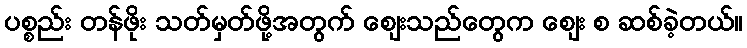
ပစ္စည်း တန်ဖိုး သတ်မှတ်ဖို့အတွက် ဈေးသည်တွေက ဈေး စ ဆစ်ခဲ့တယ်။